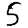
Digit: 5